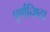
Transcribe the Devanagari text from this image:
पूर्णनिष्ठा